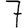
Digit: 7